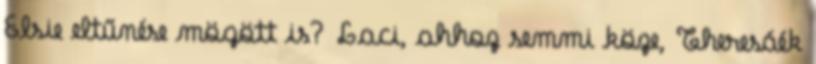
Elsie eltűnése mögött is? Laci, ahhoz semmi köze, Theresáék